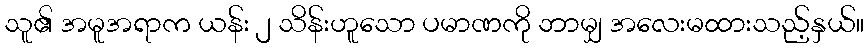
သူ၏ အမူအရာက ယန်း ၂ သိန်းဟူသော ပမာဏကို ဘာမျှ အလေးမထားသည့်နှယ်။